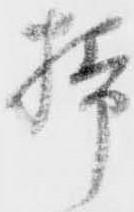
掃